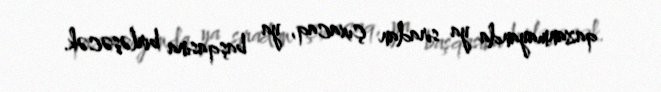
qazanmayanda ya sıradan çıxacaq, ya başqasına birləşəcək.